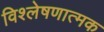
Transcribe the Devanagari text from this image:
विश्‍लेषणात्मक